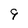
Character: 9